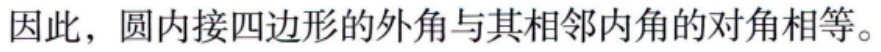
因此，圆内接四边形的外角与其相邻内角的对角相等。